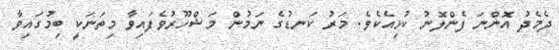
ދެމެދު އޮންނަ ފެންލޮނު ކުޅިއެކެވެ. މަރު ކަނޑުގެ ނަމުން މަޝްހޫރުވެފައިވާ މިތަނަކީ ބިމުގައިވާ